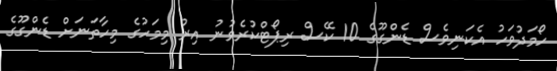
ހޯމަދުވަހު އެކަނިވެސް ޑެންގޫގެ 10 ކޭސް ރިޕޯޓްކުރެވުނު އިރު މިމަހުގެ މިހާތަނަށް ޑެންގޫގެ